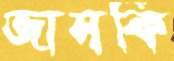
জাসকি